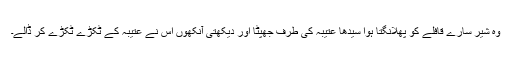
وہ شیر سارے قافلے کو پھلانگتا ہوا سیدھا عتیبہ کی طرف جھپٹا اور دیکھتی آنکھوں اس نے عتیبہ کے ٹکڑے ٹکڑے کر ڈالے۔